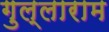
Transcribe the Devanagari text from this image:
गुल्लाराम